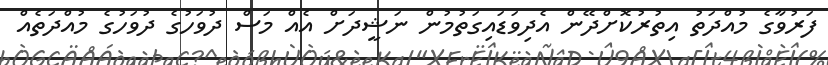
ފަރުވާގެ މުއްދަތު އިތުރުކޮށްދޭން އެދިވަޑައިގަތުމުން ނަޝީދަށް އެއް މަސް ދުވަހުގެ ދުވަހުގެ މުއްދަތެއް